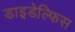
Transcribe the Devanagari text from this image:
डाइडेल्फिस